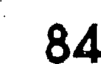
84